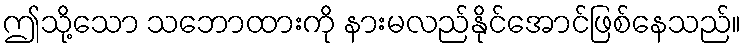
ဤသို့သော သဘောထားကို နားမလည်နိုင်အောင်ဖြစ်နေသည်။